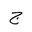
Letter: _gim